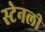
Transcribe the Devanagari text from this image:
स्‍टेनली